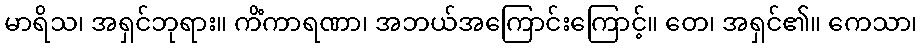
မာရိသ၊ အရှင်ဘုရား။ ကိံကာရဏာ၊ အဘယ်အကြောင်းကြောင့်။ တေ၊ အရှင်၏။ ကေသာ၊